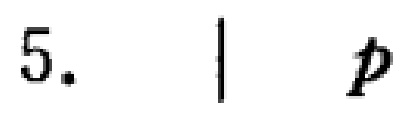
5. \| p